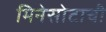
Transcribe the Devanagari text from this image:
मिनेसोटाची